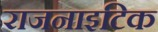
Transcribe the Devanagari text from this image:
राजनाइटिक